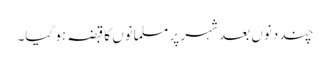
چند دنوں بعد شہر پر مسلمانوں کا قبضہ ہو گیا۔